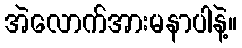
အဲလောက်အားမနာပါနဲ့။